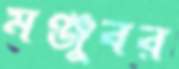
মঞ্জুবর